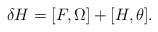
LaTeX: \begin{align*}\delta H=[F,\Omega ]+[H,\theta ]. \end{align*}